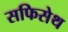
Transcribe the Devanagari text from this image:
सफिसेथ